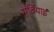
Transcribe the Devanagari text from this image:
सर्वियाई